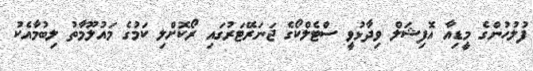
ފުލުހުންގެ މީޑިއާ އޮފިޝަލް ވިދާޅުވީ ސްޓެލްކޯގެ ޖަނަރޭޓަރުގައި ރޯކޮށްލި ކަމުގެ މައުލޫމާތު ލިބުމާއެކު